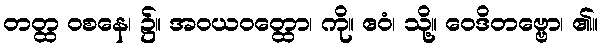
တတ္ထ ဝစနေ၊ ၌။ အဝယဝတ္ထော၊ ကို။ ဧဝံ၊ သို့။ ဝေဒိတဗ္ဗော၊ ၏။